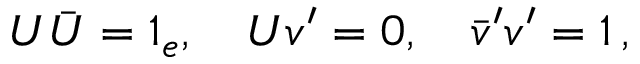
U \bar { U } = 1 _ { e } , \quad U v ^ { \prime } = 0 , \quad \bar { v } ^ { \prime } v ^ { \prime } = 1 \, ,